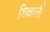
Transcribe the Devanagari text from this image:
शिक्षाली